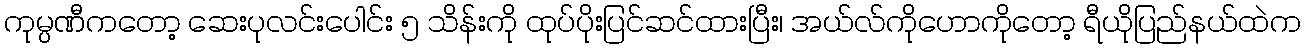
ကုမ္ပဏီကတော့ ဆေးပုလင်းပေါင်း ၅ သိန်းကို ထုပ်ပိုးပြင်ဆင်ထားပြီး၊ အယ်လ်ကိုဟောကိုတော့ ရီယိုပြည်နယ်ထဲက